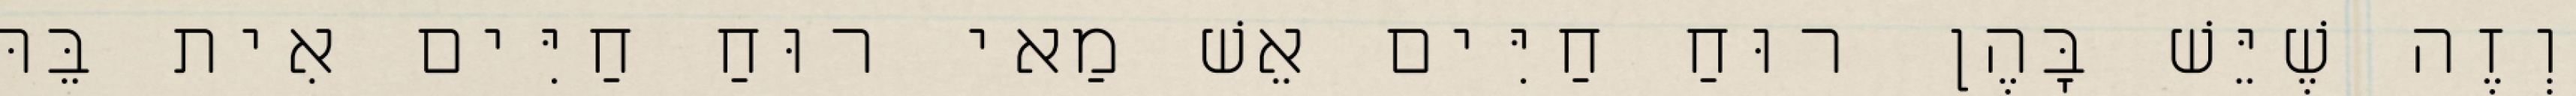
וְזֶה שֶׁיֵּשׁ בָּהֶן רוּחַ חַיִּים אֵשׁ מַאי רוּחַ חַיִּים אִית בֵּהּ